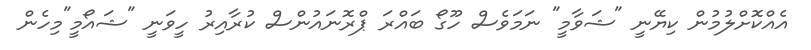
އެއްކޮށްލުމުން ކިޔޭނީ "ޝަވާމީ" ނަމަވެސް ހޫގޯ ބައްރަ ޕްރޮނައުންސް ކުރާއިރު ހީވަނީ "ޝައޯމީ"މިހެން